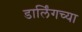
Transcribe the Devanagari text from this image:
डार्लिंगच्या